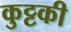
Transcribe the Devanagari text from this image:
कुट्टकी